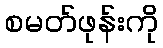
စမတ်ဖုန်းကို